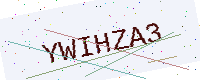
Text: YWIHZA3